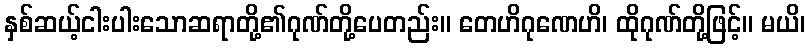
နှစ်ဆယ့်ငါးပါးသောဆရာတို့၏ဂုဏ်တို့ပေတည်း။ တေဟိဂုဏေဟိ၊ ထိုဂုဏ်တို့ဖြင့်။ မယိ၊